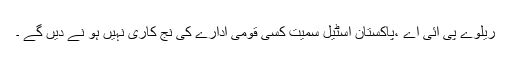
ریلوے پی آئی اے ،پاکستان اسٹیل سمیت کسی قومی ادارے کی نج کاری نہیں ہو نے دیں گے ۔